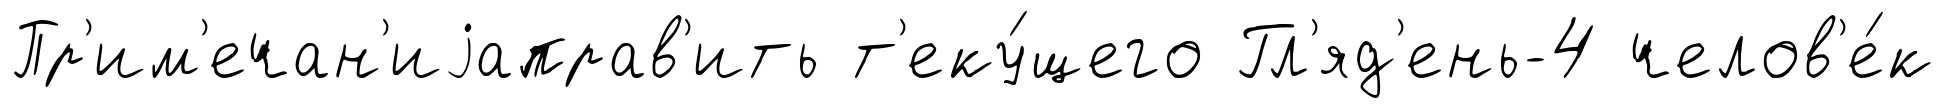
Пр'им'ечан'иjаправ'ить т'еку́щего Гл'яд'ень-4 челов'е́к